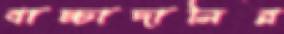
বাচ্চাদানির